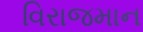
વિરાજમાન